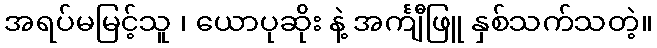
အရပ်မမြင့်သူ ၊ ယောပုဆိုး နဲ့ အင်္ကျီဖြူ နှစ်သက်သတဲ့။